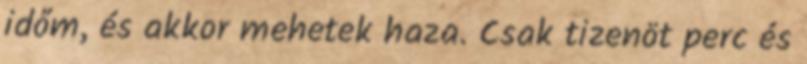
időm, és akkor mehetek haza. Csak tizenöt perc és